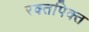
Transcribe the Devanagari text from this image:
रक्तपिक्त